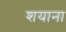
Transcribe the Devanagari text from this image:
शयाना